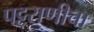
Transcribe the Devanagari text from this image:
पट्टराणीचा